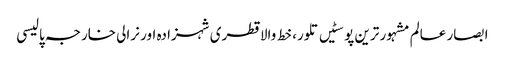
ابصار عالم	مشہور ترین پوسٹیں	تلور، خط والا قطری شہزادہ اور نرالی خارجہ پالیسی